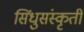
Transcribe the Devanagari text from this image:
सिंधुसंस्कृती